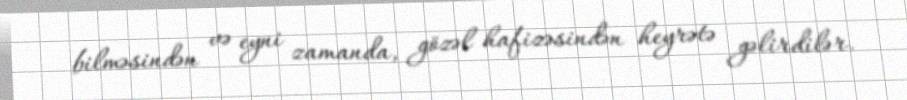
bilməsindən və eyni zamanda, gözəl hafizəsindən heyrətə gəlirdilər.